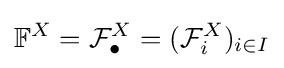
\mathbb {F} ^{X}={\mathcal {F}}_{\bullet }^{X}=({\mathcal {F}}_{i}^{X})_{i\in I}